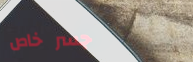
جسر خاص